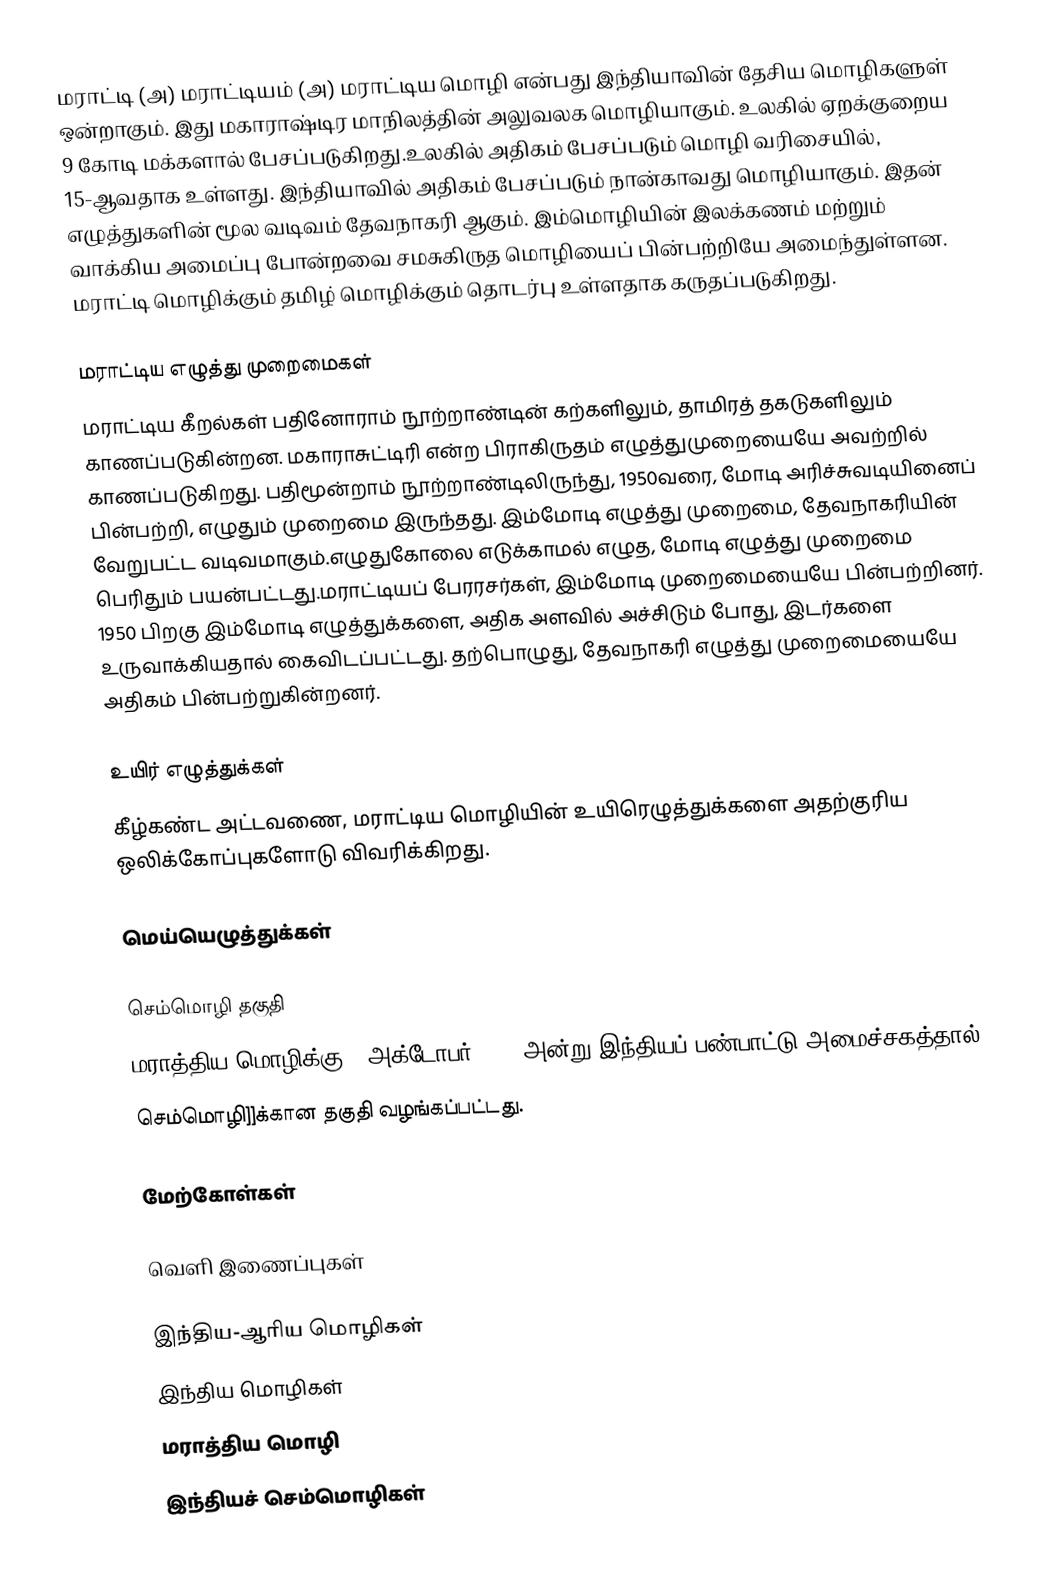
மராட்டி (அ) மராட்டியம் (அ) மராட்டிய மொழி என்பது இந்தியாவின் தேசிய மொழிகளுள் ஒன்றாகும். இது  மகாராஷ்டிர மாநிலத்தின் அலுவலக மொழியாகும். உலகில் ஏறக்குறைய 9 கோடி மக்களால் பேசப்படுகிறது.உலகில் அதிகம் பேசப்படும் மொழி வரிசையில், 15-ஆவதாக உள்ளது. இந்தியாவில் அதிகம் பேசப்படும் நான்காவது மொழியாகும். இதன் எழுத்துகளின் மூல வடிவம் தேவநாகரி ஆகும். இம்மொழியின் இலக்கணம் மற்றும் வாக்கிய அமைப்பு போன்றவை சமசுகிருத மொழியைப் பின்பற்றியே அமைந்துள்ளன. மராட்டி மொழிக்கும் தமிழ் மொழிக்கும் தொடர்பு உள்ளதாக கருதப்படுகிறது.

மராட்டிய எழுத்து முறைமைகள்
மராட்டிய கீறல்கள் பதினோராம் நூற்றாண்டின் கற்களிலும், தாமிரத் தகடுகளிலும் காணப்படுகின்றன. மகாராசுட்டிரி என்ற பிராகிருதம் எழுத்துமுறையையே அவற்றில் காணப்படுகிறது. பதிமூன்றாம் நூற்றாண்டிலிருந்து, 1950வரை, மோடி அரிச்சுவடியினைப் பின்பற்றி, எழுதும் முறைமை இருந்தது. இம்மோடி எழுத்து முறைமை, தேவநாகரியின் வேறுபட்ட வடிவமாகும்.எழுதுகோலை எடுக்காமல் எழுத, மோடி எழுத்து முறைமை பெரிதும் பயன்பட்டது.மராட்டியப் பேரரசர்கள், இம்மோடி முறைமையையே பின்பற்றினர். 1950 பிறகு இம்மோடி எழுத்துக்களை, அதிக அளவில் அச்சிடும் போது, இடர்களை உருவாக்கியதால் கைவிடப்பட்டது. தற்பொழுது, தேவநாகரி எழுத்து முறைமையையே அதிகம்  பின்பற்றுகின்றனர்.

உயிர் எழுத்துக்கள்
கீழ்கண்ட அட்டவணை, மராட்டிய மொழியின் உயிரெழுத்துக்களை அதற்குரிய ஒலிக்கோப்புகளோடு விவரிக்கிறது.

மெய்யெழுத்துக்கள்

செம்மொழி தகுதி
மராத்திய மொழிக்கு 6 அக்டோபர் 2024 அன்று  இந்தியப் பண்பாட்டு அமைச்சகத்தால்
செம்மொழி]]க்கான தகுதி வழங்கப்பட்டது.

மேற்கோள்கள்

வெளி இணைப்புகள்

இந்திய-ஆரிய மொழிகள்
இந்திய மொழிகள்
மராத்திய மொழி
இந்தியச் செம்மொழிகள்